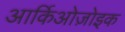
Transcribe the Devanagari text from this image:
आर्किओज़ोइक